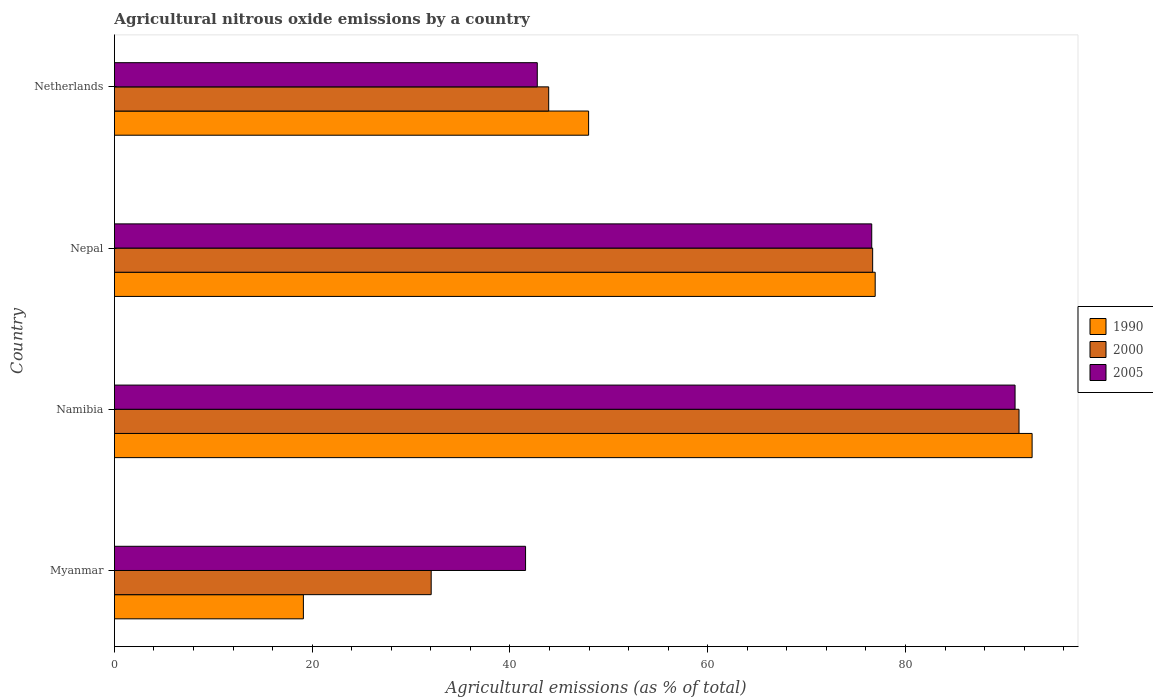
| Country | 1990 | 2000 | 2005 |
 | --- | --- | --- | --- |
 | Myanmar | 19.1 | 32 | 41.6 |
 | Namibia | 92.8 | 91.5 | 91.1 |
 | Nepal | 76.9 | 76.7 | 76.6 |
 | Netherlands | 48 | 43.9 | 42.8 |